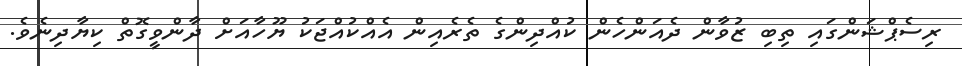
ރިސެޕްޝަންގައި ތިބި ޒުވާން ދެއަންހެން ކުއްދިންގެ ތެރެއިން އެއްކުއްޖަކު ޔޫހާއަށް ދާންވީގޮތް ކިޔާދިނެވެ.